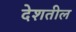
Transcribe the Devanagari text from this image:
देशतील